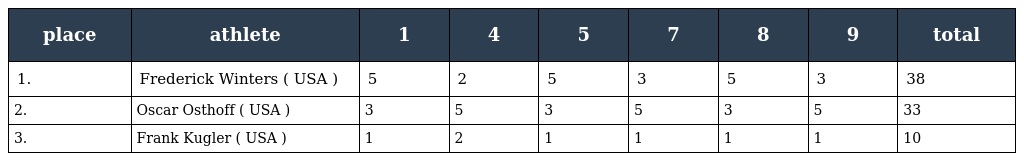
| place | athlete | 1 | 4 | 5 | 7 | 8 | 9 | total |
 | --- | --- | --- | --- | --- | --- | --- | --- | --- |
 | 1. | Frederick Winters ( USA ) | 5 | 2 | 5 | 3 | 5 | 3 | 38 |
 | 2. | Oscar Osthoff ( USA ) | 3 | 5 | 3 | 5 | 3 | 5 | 33 |
 | 3. | Frank Kugler ( USA ) | 1 | 2 | 1 | 1 | 1 | 1 | 10 |